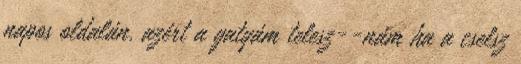
napos oldalán. azért a gatyám telesz--nám ha a cselsz